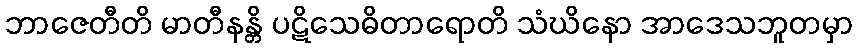
ဘာဇေတီတိ မာတီနန္တိ ပဋိသေဓိတာရောတိ သံဃိနော အာဒေသဘူတမှာ